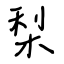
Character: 梨